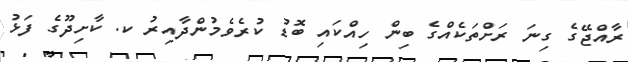
ރާއްޖޭގެ ގިނަ ރަށްތަކެއްގެ ބިން ހިއްކައި ބޮޑު ކުރެވެމުންދާއިރު ކ. ކާށިދޫގެ ފަޅު